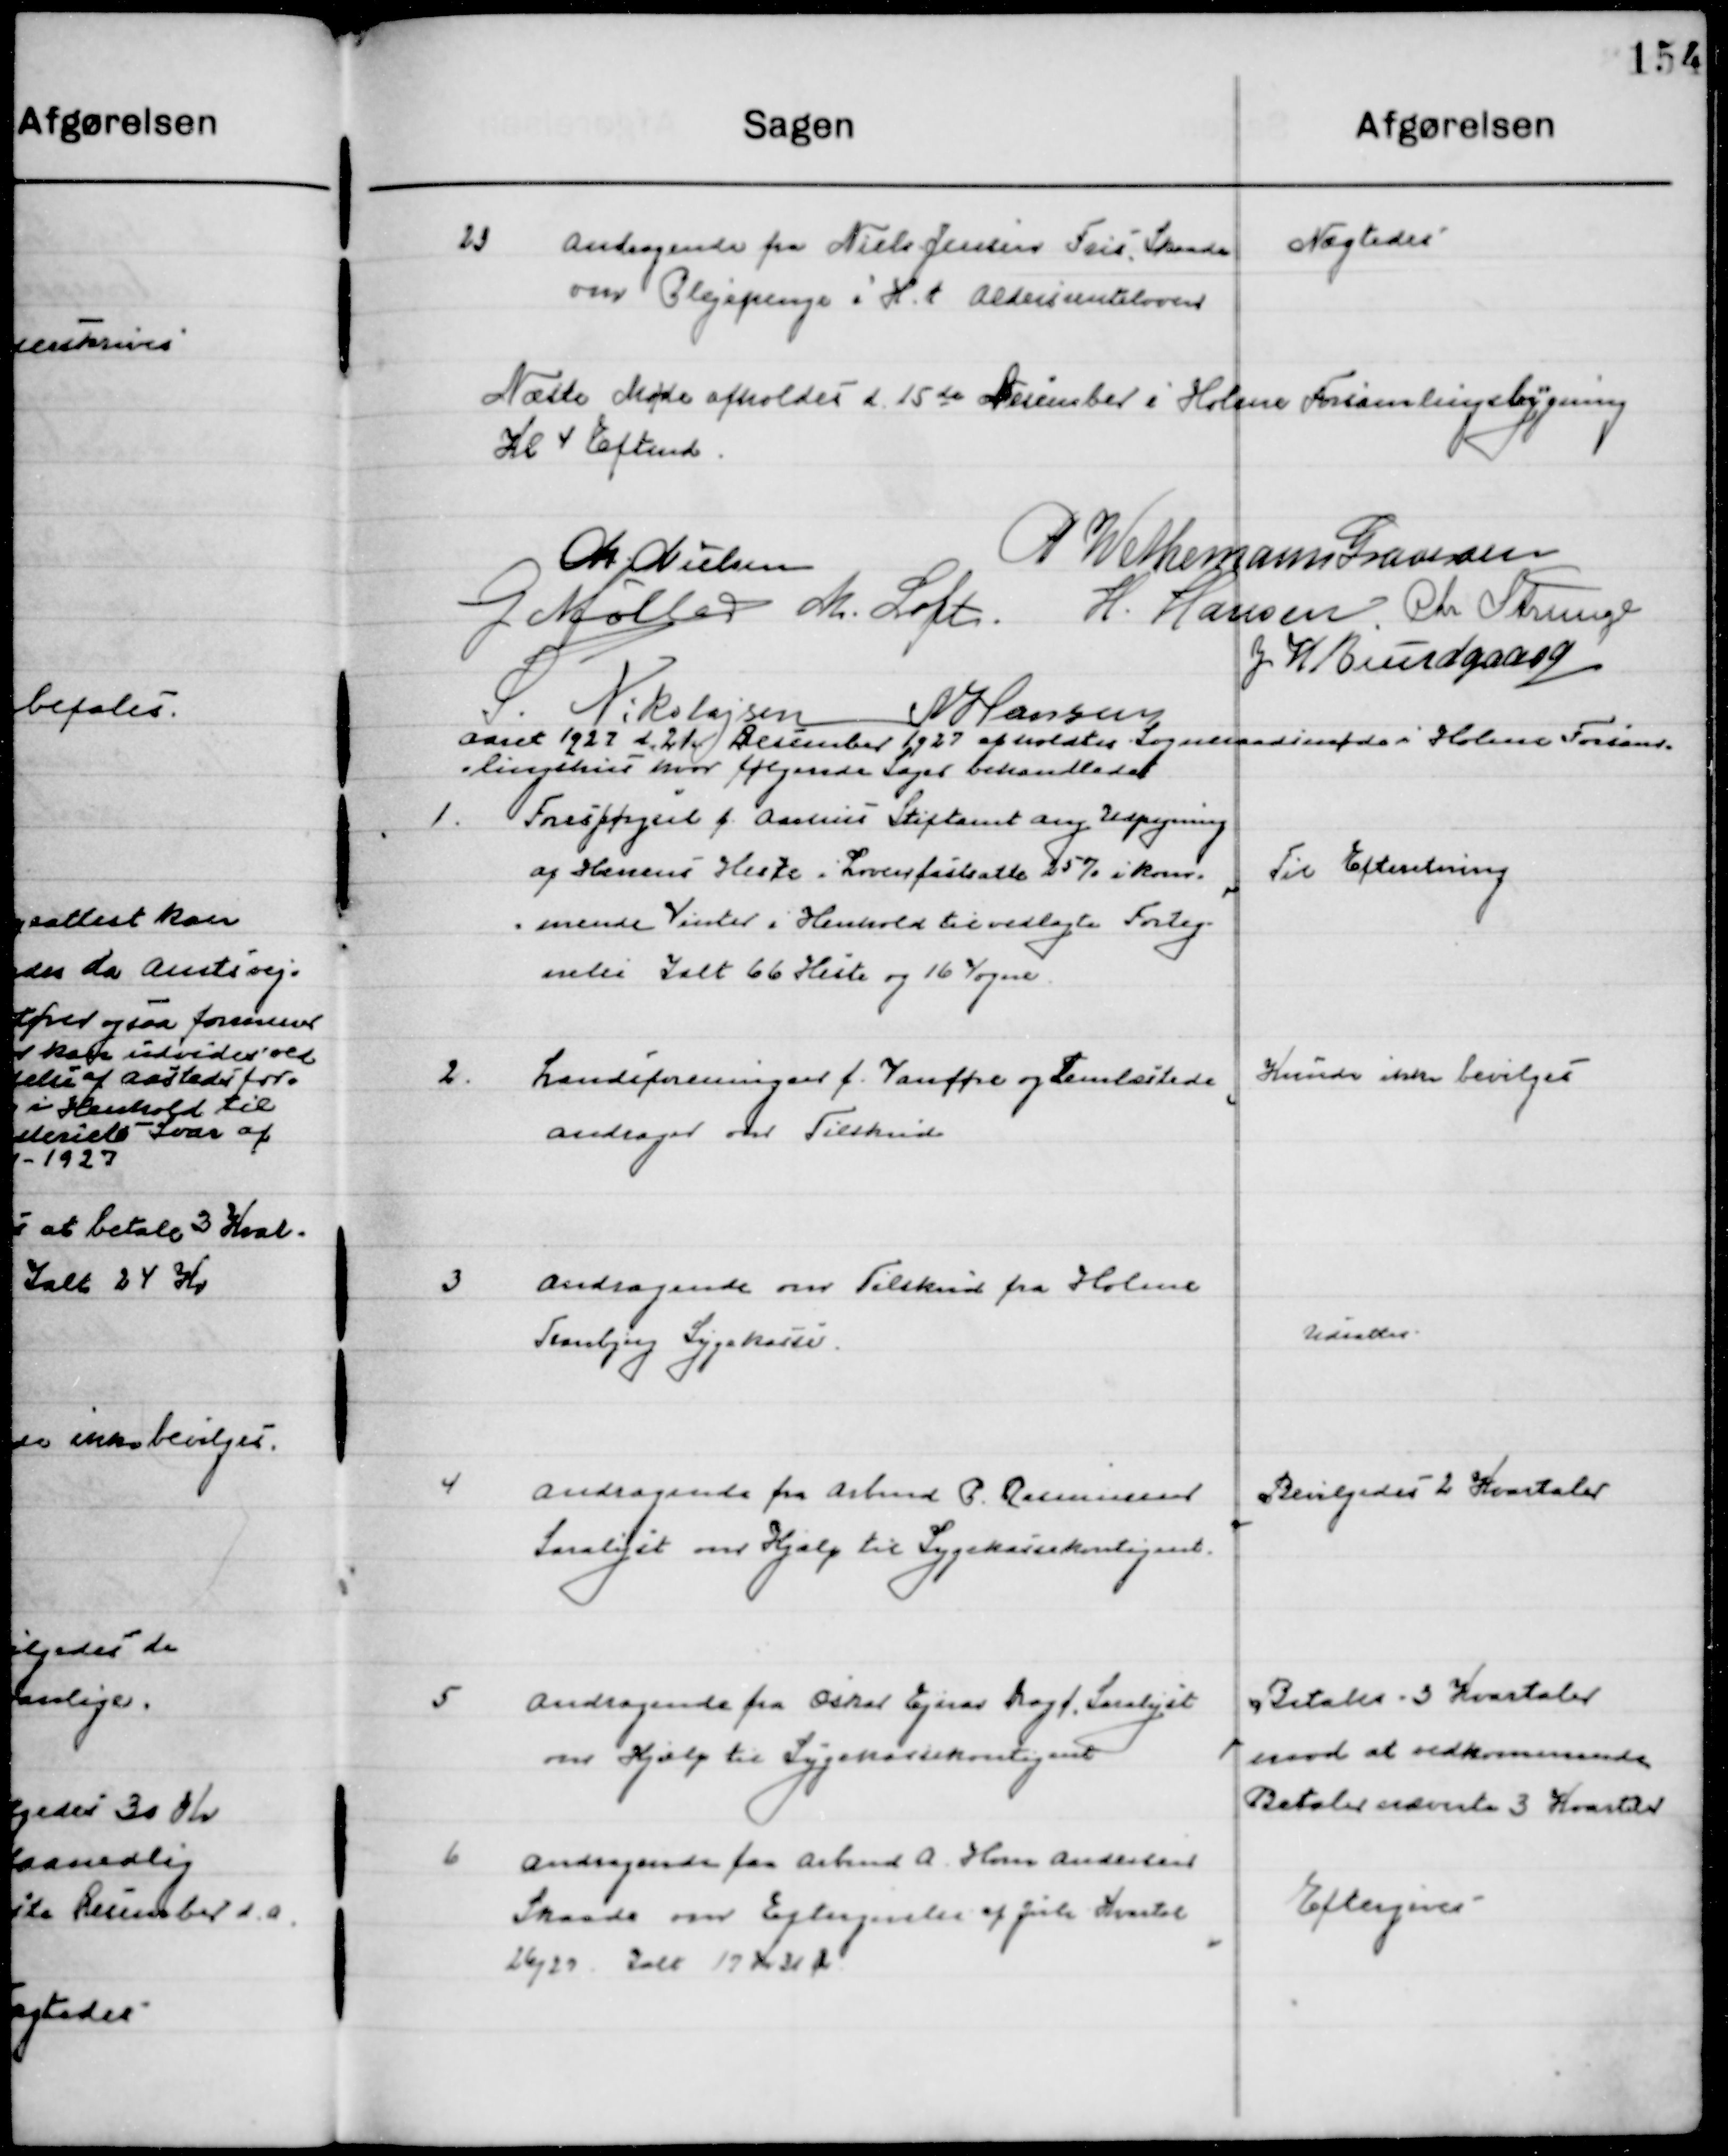
Transskription:
23

Andragende fra Niels Jensen Friis Skaade
om Plejepenge i H. t. Aldersrenteloven

Nægtedes

Næste Møde afholdes d. 15de December i Holme Forsamlingsbygning 
Kl. 4 Eftermd.

M. Nielsen
P. Wethemann Graversen
G. Møller
M. Loft
H. Hansen
Chr. Strunge
S. Nikolajsen
N. Hansen
J. H. Bundgaard

Aaret 1927 d. 21 December 1927 afholdtes Sogneraadsmøde i Holme Forsam-
lingshus hvor følgende Sager behandledes.

1

Forespørgsel fra Aarhus Stiftsamt ang. Udpegning
af Hærrens Heste i Lovens fastsatte 25 % i Kom-
mende Vinter i Henhold til vedlagte Forteg-
nelse I alt 66 Heste og 16 vogne.

Til Efterretning

2

Landsforeningen f. Vanføre og  Lemlæstede 
andrager om Tilskud

Kunde ikke bevilges

3

Andragende om Tilskud fra Holme
Tranbjerg Sygekasse.

Udsattes

4

Andragende fra Arbmd. P. Rasmussen
Saralyst om Hjælp til Sygekassekontingent

Bevilgedes 2 Kvartaler

5

Andragende fra Oskar Ejnar Bogø Saralyst
om Hjælp til Sygekassekontingent

Betales 3 Kvartal
Mod at vedkommende
Betaler nævnte 3 Kvartal

6

Andragende fra Arbmd. A. Hans Andersen
Skaade om Eftergivelse af Juli Kvartal
26/27 I alt 17 Kr. 31 Øre.

Eftergives